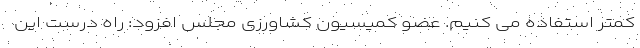
کمتر استفاده می کنیم. عضو کمیسیون کشاورزی مجلس افزود: راه درست این